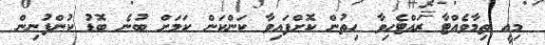
މިއީ ތިމާވެއްޓާ ރައްޓެހިވާ ހިތުން ކޮށްފައިވާ ކަންކަން ކަމަށް ބުނެ ބޮޑު ކުންފުނިން